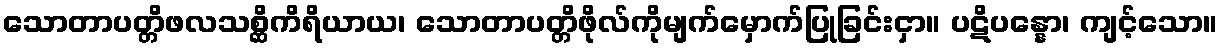
သောတာပတ္တိဖလသစ္ဆိကိရိယာယ၊ သောတာပတ္တိဖိုလ်ကိုမျက်မှောက်ပြုခြင်းငှာ။ ပဋိပန္နော၊ ကျင့်သော။